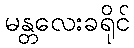
မန္တလေးခရိုင်